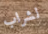
لشراب